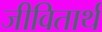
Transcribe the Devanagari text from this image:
जीवितार्थ